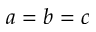
a = b = c